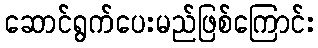
ဆောင်ရွက်ပေးမည်ဖြစ်ကြောင်း